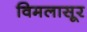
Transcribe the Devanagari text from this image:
विमलासूर